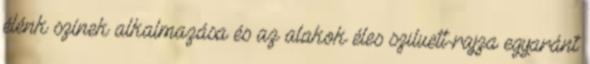
élénk színek alkalmazása és az alakok éles sziluett-rajza egyaránt